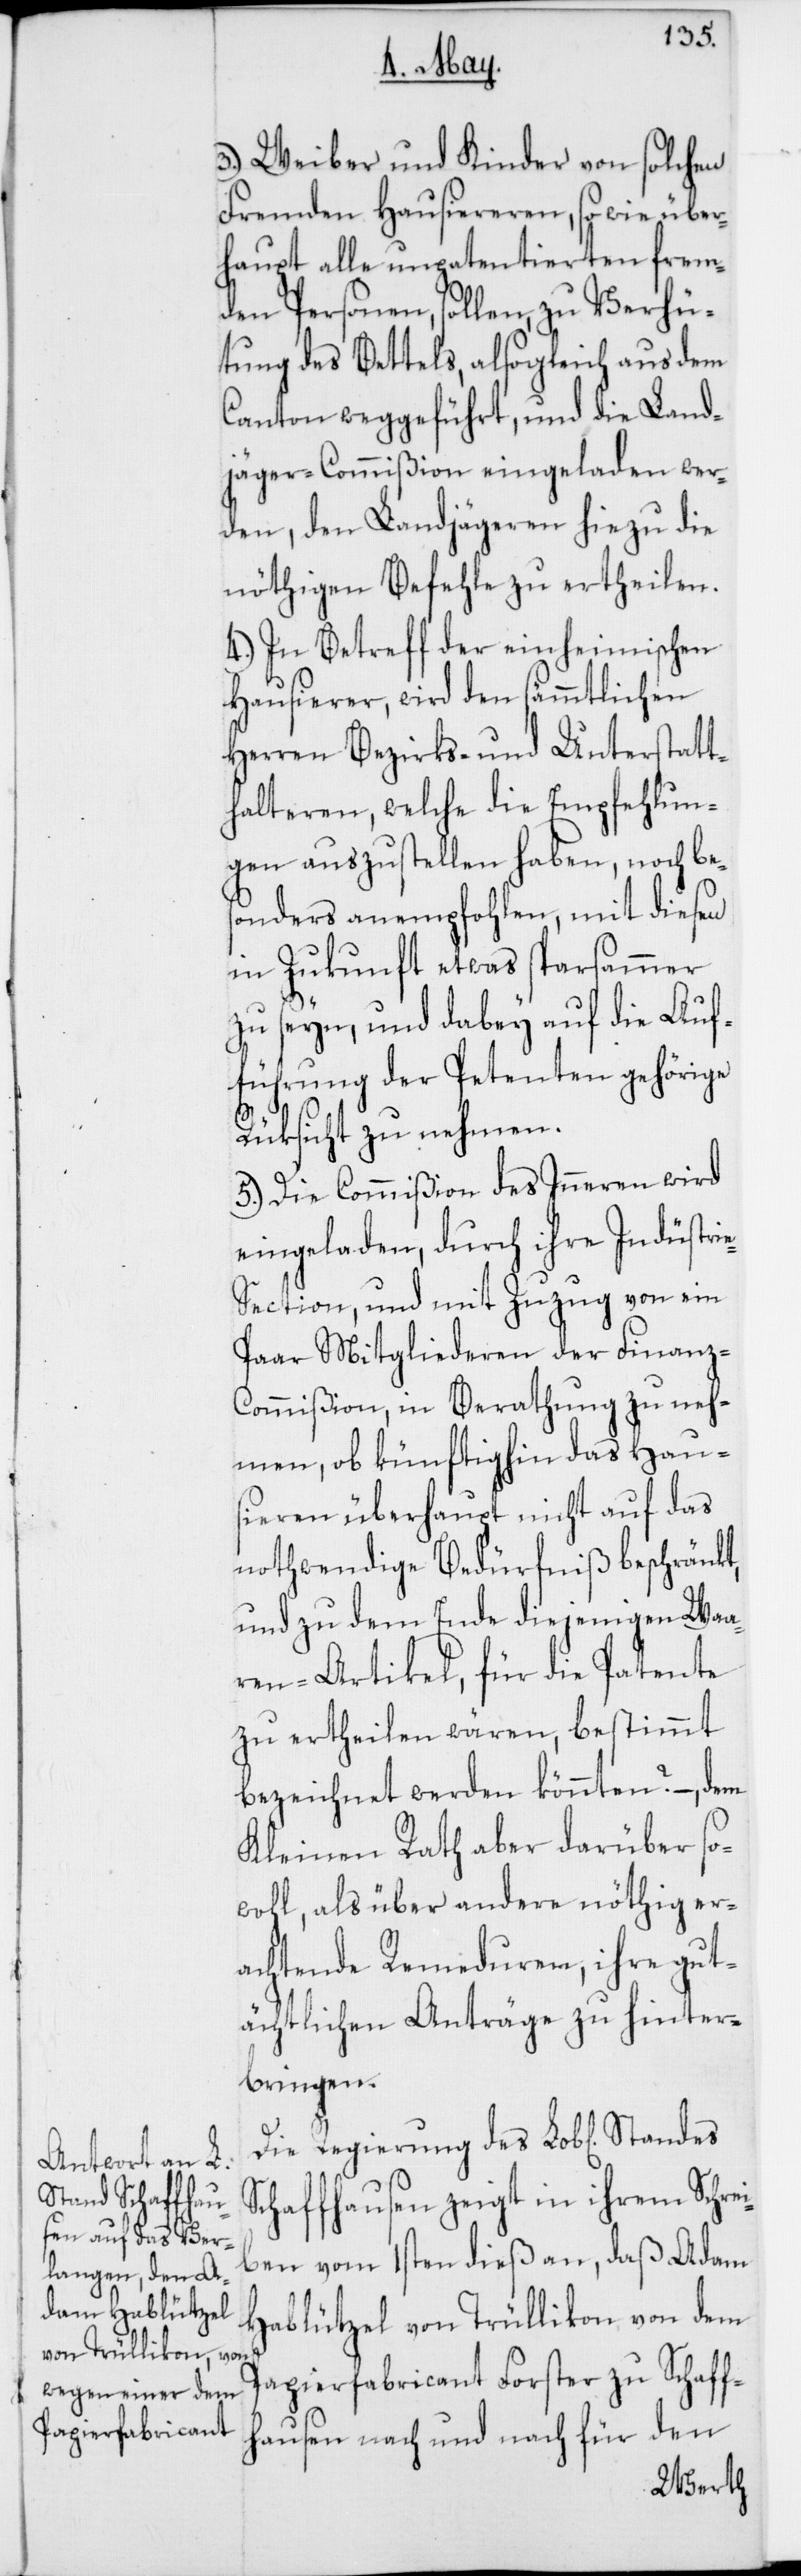
3.) Weiber und Kinder von solchen
fremden Hausiereren, sowie über¬
haupt alle unpatentierten frem¬
den Personen, sollen, zu Verhü¬
tung des Bettels, alsogleich aus dem
Canton weggeführt, und die Land¬
jäger-Commißion eingeladen wer¬
den, den Landjägeren hiezu die
nöthigen Befehle zu ertheilen.
4.) In Betreff der einheimischen
Hausierer, wird den sämmtlichen
Herren Bezirks- und Unterstatt¬
halteren, welche die Empfehlun¬
gen auszustellen haben, noch be¬
sonders anempfohlen, mit diesen
in Zukunft etwas sparsammer
zu seyn, und dabey auf die Auf¬
führung der Petenten gehörige
Rüksicht zu nehmen.
5.) Die Commißion des Inneren wird
eingeladen, durch ihre Industri¬
e-Section, und mit Zuzug von ein
paar Mitgliederen der Finanz-C¬
ommißion, in Berathung zu neh¬
men, ob künftighin das Hau¬
sieren überhaupt nicht auf das
nothwendige Bedürfniß beschränkt,
und zu dem Ende diejenigen Waa¬
ren-Artikel, für die Patente
zu ertheilen wären, bestimmt
bezeichnet werden könnten? –, dem
Kleinen Rath aber darüber so¬
wohl, als über andere nöthig er¬
achtende Remeduren, ihre gut¬
ächtlichen Anträge zu hinter¬
bringen.
Schaffhausen zeigt in ihrem Schrei¬
ben vom 1sten dieß an, daß Adam
Hablützel von Trüllikon von dem
Papierfabricant Forster zu Schaff¬
hausen nach und nach für den